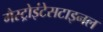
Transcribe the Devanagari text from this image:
गैस्ट्रोइंटेसटाइनल